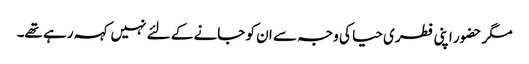
مگر حضور اپنی فطری حیا کی وجہ سے ان کو جانے کے لئے نہیں کہہ رہے تھے۔